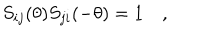
S _ { i j } ( \theta ) S _ { j i } ( - \theta ) = 1 \quad ,